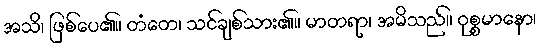
အသိ၊ ဖြစ်ပေ၏။ တံတေ၊ သင်ချစ်သား၏။ မာတရာ၊ အမိသည်။ ဝုစ္စမာနော၊